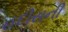
હદીસની